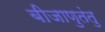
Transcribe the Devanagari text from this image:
बीजाणुतंतु